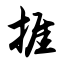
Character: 捱